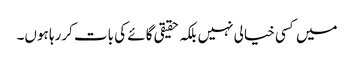
میں کسی خیالی نہیں بلکہ حقیقی گائے کی بات کررہا ہوں۔